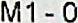
M1 - 0